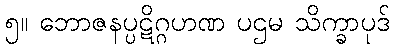
၅။ ဘောဇနပ္ပဋိဂ္ဂဟဏ ပဌမ သိက္ခာပုဒ်